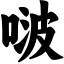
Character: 啵